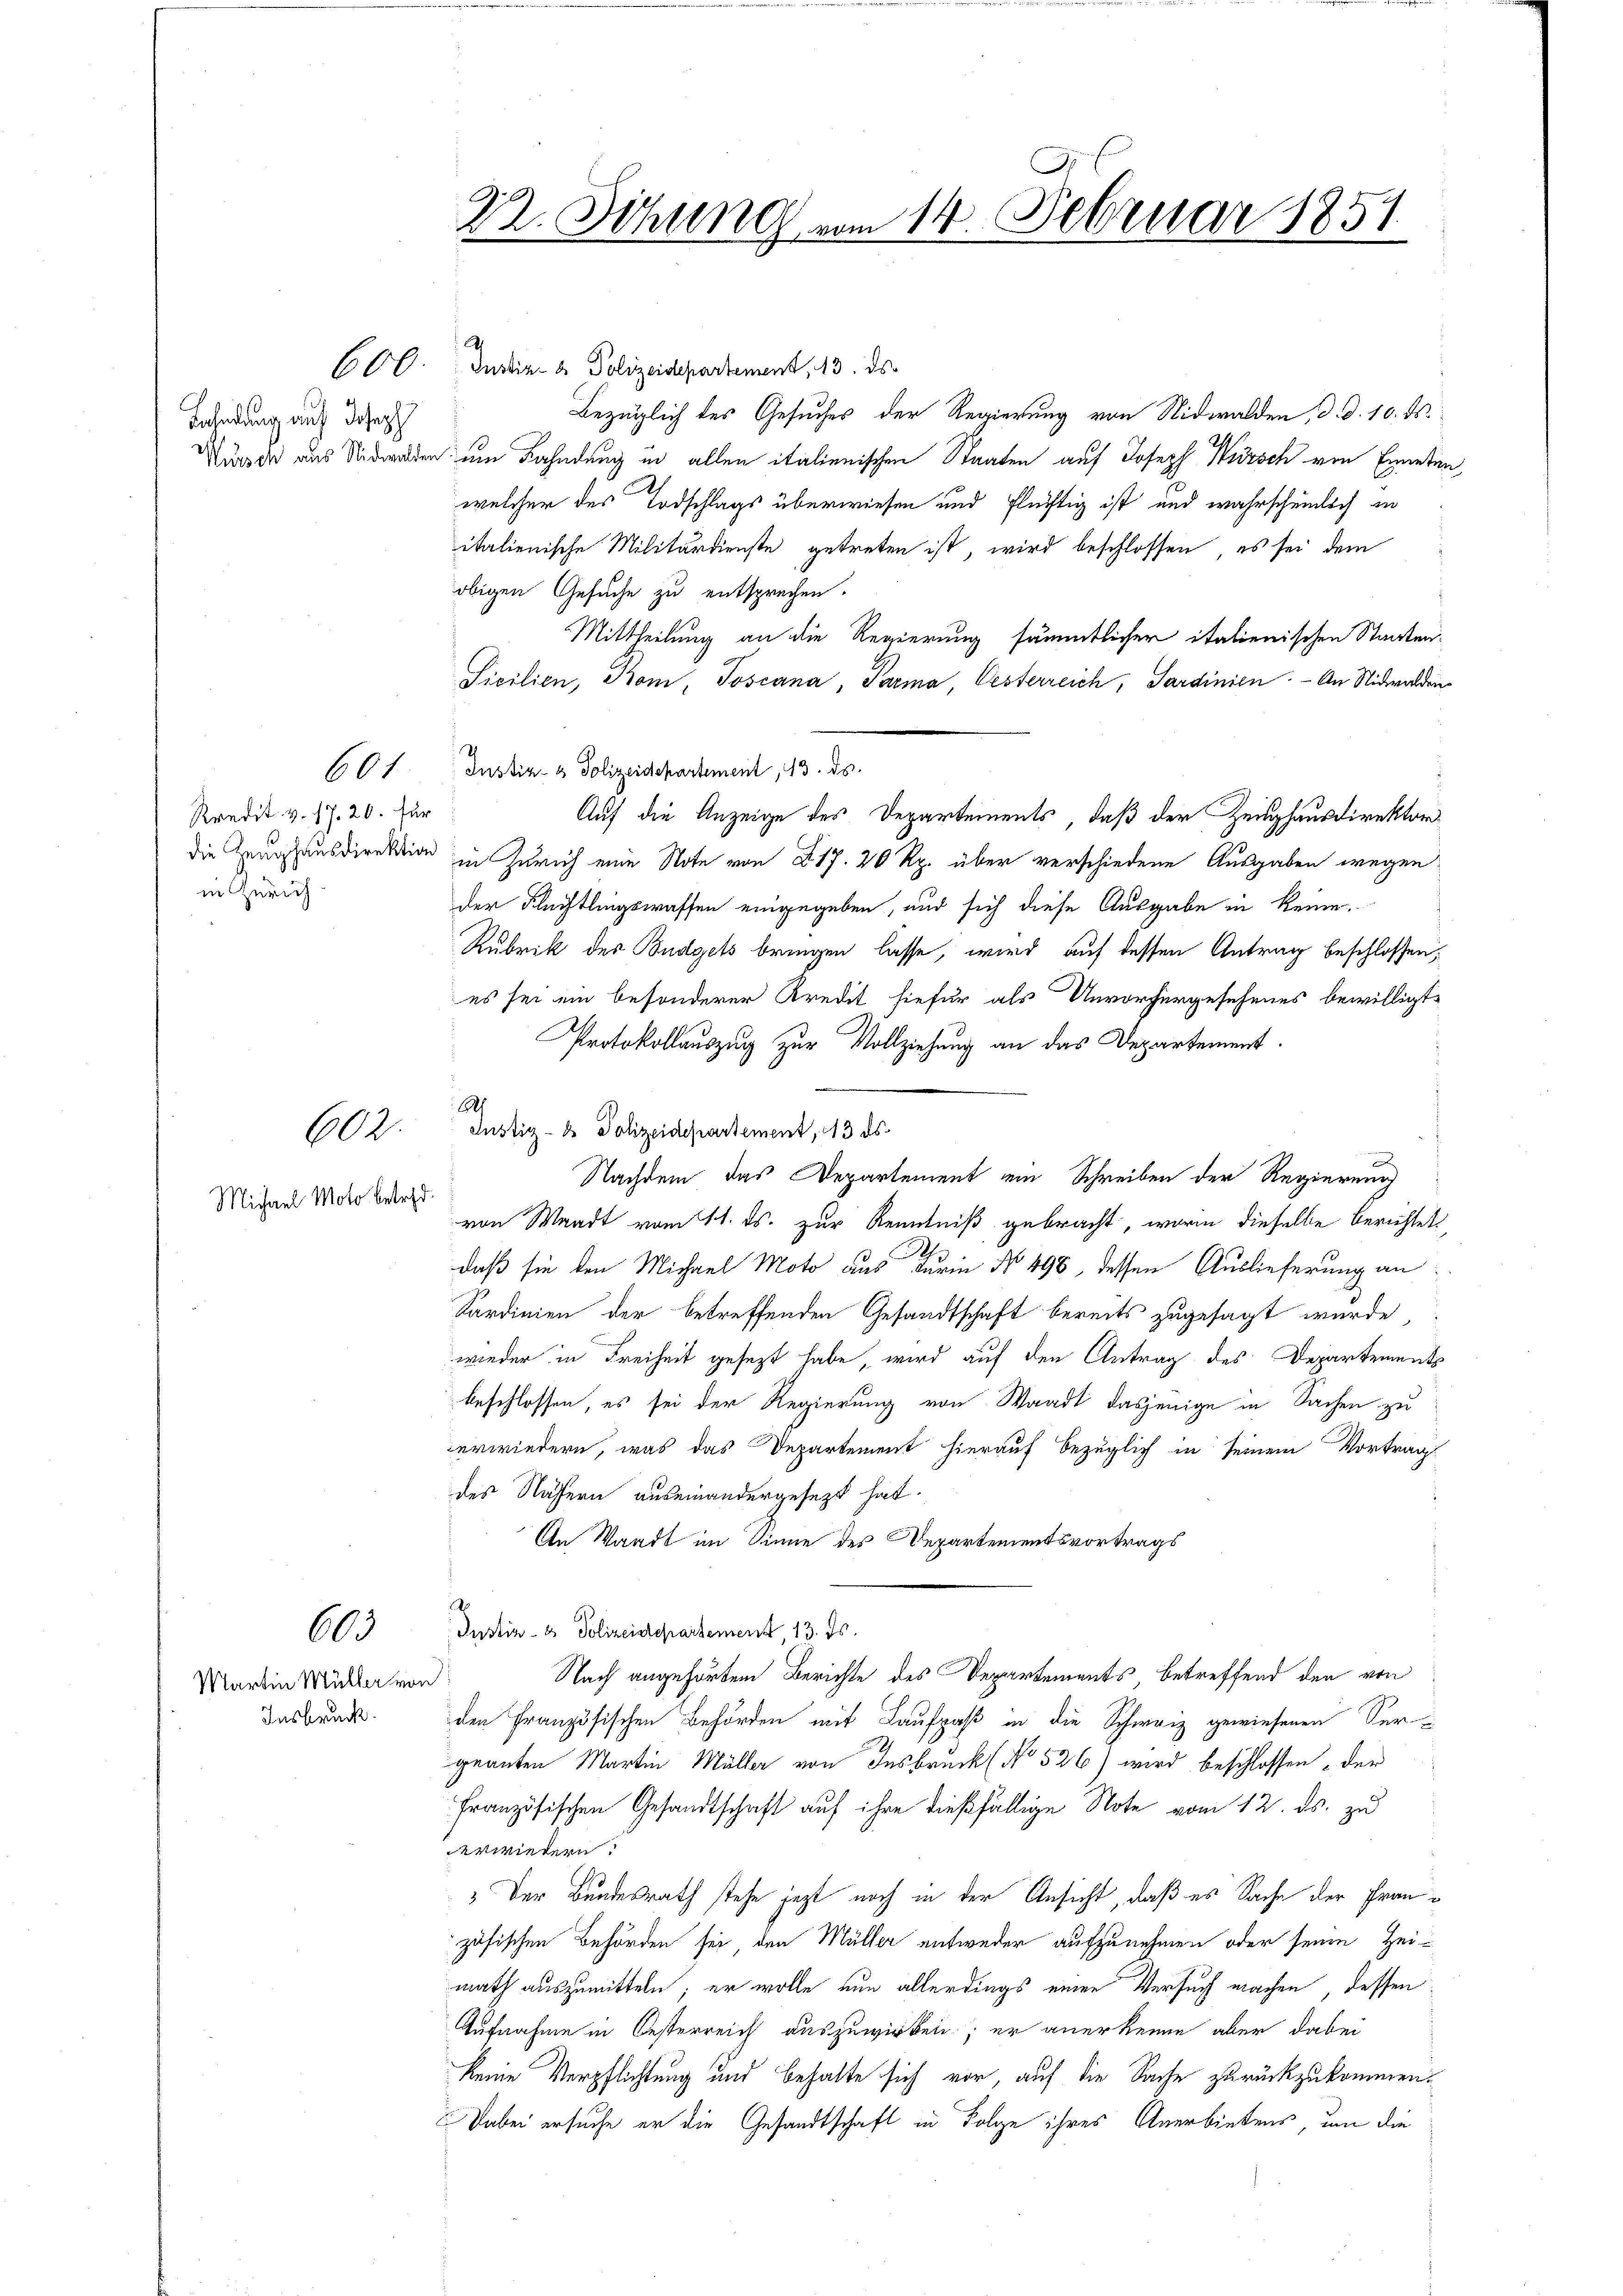
Bahndung auf Joseph

Kredit v. 17. 20. für
in Zürich.

601

602
Michael Moto betret

603

Martin Müller von
Insbruck.

22. Sitzung vom 14. Februar 1851

Ah
660. Justiz- & Polizeidepartement, 13. ds.
Bezüglich des Gesuches der Regierung von Nidwalden, d. d. 10. ds.
Nider aus Nidwalden um Fahndung in allen italienischen Staaten auf Joseph Würsch von Einten,
welcher des Todschlags überwiesen und flüchtig ist und wahrscheinlich in
italienische Militärdienste getreten ist, wird beschlossen, es sei dem
obigen Gesuche zu entsprechen.
Mittheilung an die Regierung sämmtlicher italienischen Staaten.
Sicilien, Kom, Toscana, Parma, Oesterreich, Sardinien. - An Nidwalden¬
Justiz- & Polizeidepartement, 13. ds.
Auf die Anzeige des Departements, daß der Zeughausdirektordie Zeughausdirektion in Zürich eine Note von 817. 20 Rp. über verschiedene Ausgaben wegen
der Flüchtlingswassen eingegeben, und sich diese Ausgabe in keine
Rubrik des Budgets bringen lasse, wird auf dessen Antrag beschlossen,
es sei ein besonderer Kredit hiefür als Unvorhergesehenes bewilligt.
Protokollauszug zur Vollziehung an das Departement.
Justiz- & Polizeidepartement, 13 ds
Nachdem das Departement ein Schreiben der Regierung
von Waadt vom 11. ds. zur Kenntniß gebracht, worin dieselbe berichtet,
daß sie den Michael Moto aus Turin No 498, dessen Auslieferung an:
Sardinien der betreffenden Gesandtschaft bereits zugesagt wurde,
wieder in Freiheit gesezt habe, wird auf den Antrag des Departements
beschlossen, es sei der Regierung von Waadt dasjenige in Sachen zu
erwiedern, was das Departement hierauf bezüglich in seinem Vortrag
des Nähern auseinandergesezt hat.
An Waadt im Sinne des Departementsvortrags
Justiz- & Polizeisepartement, 13. ds.
Nach angehörten Berichte des Departements, betreffend den von
den französischen Behörden mit Laufpaß in die Schweiz gewiesenen Ver-
geanten Martin Müller von Insbruck (No 526) wird beschlossen der
französischen Gesandtschaft auf ihre dießfällige Note vom 12. ds. zu
erwiedern.
.Der Bundesrath stehe jezt noch in der Ansicht, daß es Sache der Französischen Behörden sei den Müller entweder aufzunehmen oder seine Heimath auszumitteln; er wolle nun allerdings einen Versuch machen, dessen
Aufnahme in Oesterreich auszuwirken; er anerkenne aber dabei
keine Verpflichtung und behalte sich vor, auf die Sache zurückzukommen.
Dabei ersuche er die Gesandtschaft in Folge ihres Anerbietens, um die

8